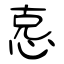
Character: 怘